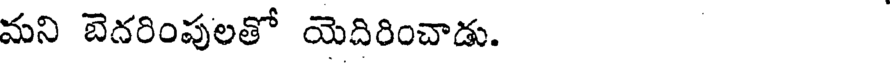
మని బెదరింపులతో యెదిరించాడు.